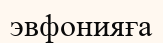
эвфонияға